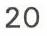
20